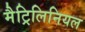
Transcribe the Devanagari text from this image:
मैट्रिलिनियल